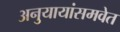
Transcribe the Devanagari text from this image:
अनुयायांसमवेत